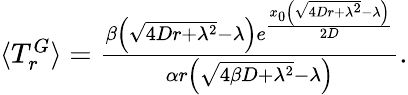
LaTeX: \begin{array}{r}{\langle T_{r}^{G}\rangle=\frac{\beta\left(\sqrt{4Dr+\lambda^{2}}-\lambda\right)e^{\frac{x_{0}\left(\sqrt{4Dr+\lambda^{2}}-\lambda\right)}{2D}}}{\alpha r\left(\sqrt{4\beta D+\lambda^{2}}-\lambda\right)}.}\end{array}